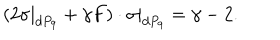
( 2 \sigma | _ { d P _ { 9 } } + \gamma F ) \cdot \sigma | _ { d P _ { 9 } } = \gamma - 2 .